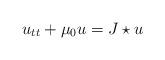
LaTeX: \begin{align*} u _ { t t } + \mu _ 0 u = J \star u\end{align*}